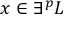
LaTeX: x \in \exists ^ { p } L